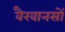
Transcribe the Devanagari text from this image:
वैखानसों